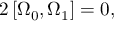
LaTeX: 2 \left[ \Omega _ { 0 } , \Omega _ { 1 } \right] = 0 ,